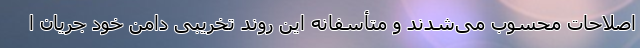
اصلاحات محسوب می‌شدند و متأسفانه این روند تخریبی دامن خود جریان ا